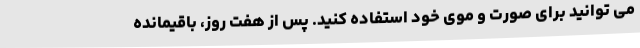
می توانید برای صورت و موی خود استفاده کنید. پس از هفت روز، باقیمانده